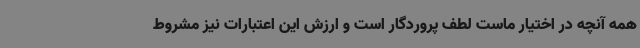
همه آنچه در اختیار ماست لطف پروردگار است و ارزش این اعتبارات نیز مشروط